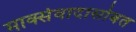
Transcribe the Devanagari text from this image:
मार्क्सवादासोबत